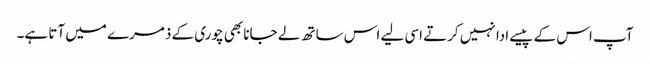
آپ اس کے پیسے ادا نہیں کرتے اسی لیے اس ساتھ لے جانا بھی چوری کے ذمرے میں آتا ہے۔